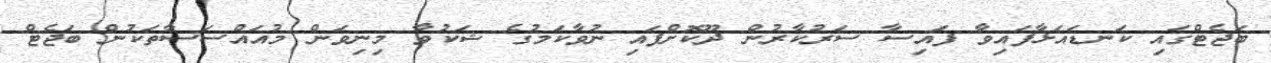
ބަޖެޓްގައި ކަނޑައަޅާފައިވާ ފައިސާ ސަރުކާރުން ދޫކޮށްފައި ނުވާކަމުގެ ޝަކުވާ މިނިވަން މުއައްސަސާތަކުން ބަޖެޓް